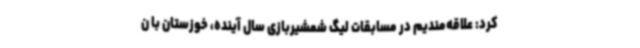
کرد: علاقه‌مندیم در مسابقات لیگ شمشیربازی سال آینده، خوزستان با ن